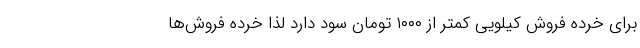
برای خرده فروش کیلویی کمتر از ۱۰۰۰ تومان سود دارد لذا خرده فروش‌ها